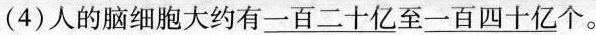
(4) 人的脑细胞大约有\underline{一百二十亿}至 \underline{一百四十亿} 个。